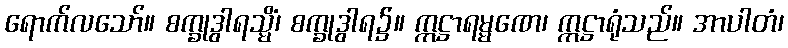
ရောက်လသော်။ စက္ခုဒွါရသ္မိံ၊ စက္ခုဒွါရ၌။ ဣဋ္ဌာရမ္မဏေ၊ ဣဋ္ဌာရုံသည်။ အာပါတံ၊